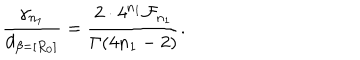
\frac { \gamma _ { n _ { 1 } } } { d _ { \beta = [ R _ { 0 } ] } } = \frac { 2 \cdot 4 ^ { n _ { 1 } } { \cal F } _ { n _ { 1 } } } { \Gamma ( 4 n _ { 1 } - 2 ) } .